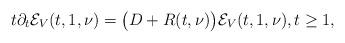
LaTeX: \begin{align*} t\partial_t \mathcal E_V (t,1,\nu) = \big( D + R(t,\nu) \big) \mathcal E_V(t,1,\nu),t\ge 1,\end{align*}